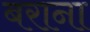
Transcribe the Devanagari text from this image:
बराना